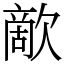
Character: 歒